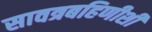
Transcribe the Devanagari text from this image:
सावत्रबहिणीशी